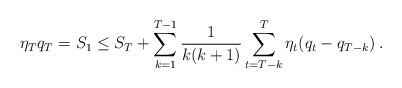
LaTeX: \begin{align*}\eta_T q_T = S_1 \le S_T + \sum_{k=1}^{T-1} \frac{1}{k(k+1)} \sum_{t=T-k}^T \eta_t (q_t - q_{T-k}) \: .\end{align*}